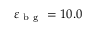
\varepsilon _ { \mathrm { ~ b ~ g ~ } } = 1 0 . 0